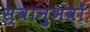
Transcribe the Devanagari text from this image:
स्वानुभवों